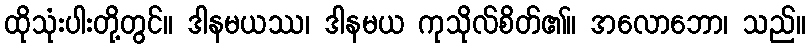
ထိုသုံးပါးတို့တွင်။ ဒါနမယဿ၊ ဒါနမယ ကုသိုလ်စိတ်၏။ အလောဘော၊ သည်။